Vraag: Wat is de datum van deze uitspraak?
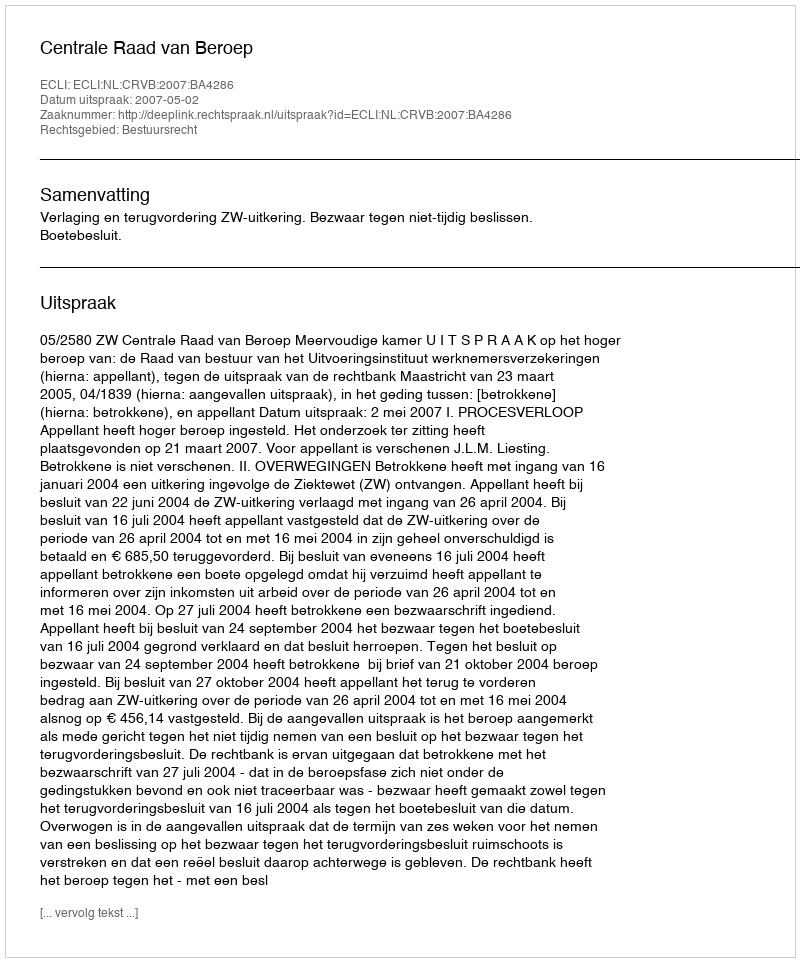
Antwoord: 2007-05-02